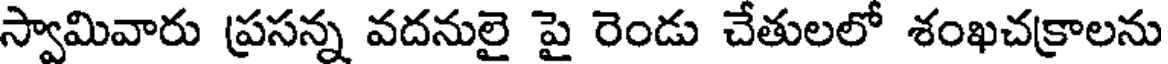
స్వామివారు ప్రసన్న వదనులై పై రెండు చేతులలో శంఖచక్రాలను